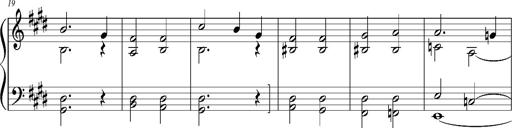
Title: Resignazione, S.187a/b
Composer: Franz Liszt